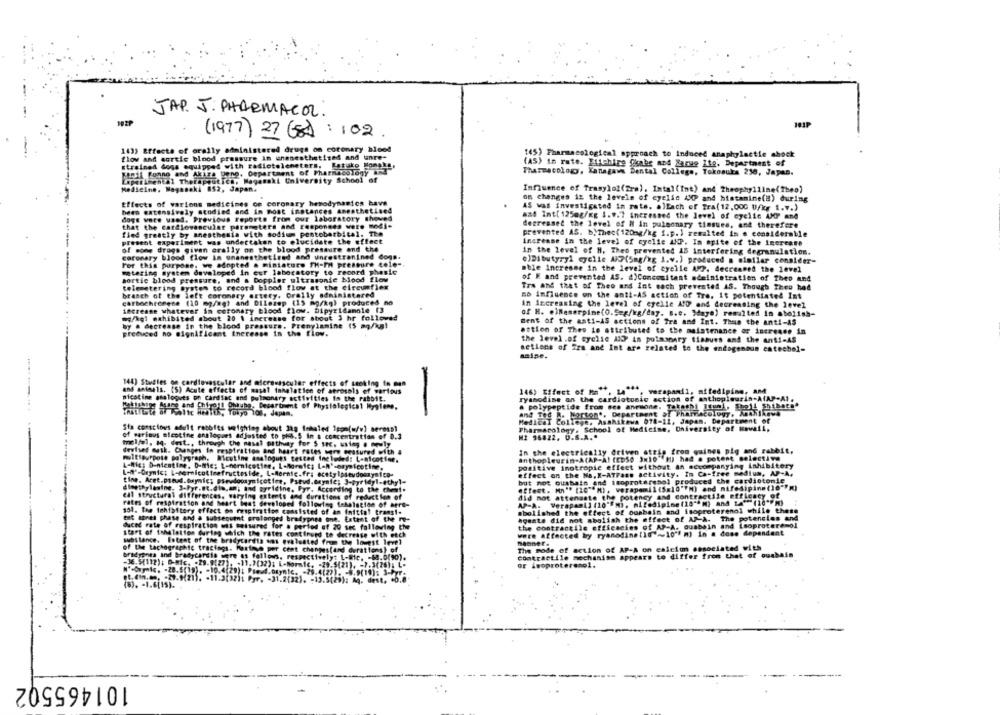
JAP. J. PHARMACOL .
(1977) 27 (8) : 102
143) Effects of orally administered drugs on coronary blood
flow and aortic blood pressure in unsnesthetized and tanre-
145) Pharmacological approach to induced anaphylactic shock
Etrained dogs equipped with radiotelemeters, Estako Hongla,
(AS) in rate. Elfchire Skabe azs Rarue Ite, Department of
Fioil Fonno and Akira gong, Department of Pharmacology an
Pharmacology, Kanagawa Dental College, Tokonula 238, Japan.
Lapar ental TherapeutIca, Magasaki University School of
Medicine, Magasaki 852, Japan.
Influence of Trasylol(fra). Intal(Int) and Theophylline(Theo)
on changes in the levels of cyelic AMP and histamine(a) during
Effects of varions medicines ce coronary hemodynamics have
AS was investigated in rats. allach of Tra( 12,000 0/kg 1.7.)
been extensively stodied and in most instances anesthetined
dogs were used. Previous Reports from our laboratory showed
and Int[ 125mg/Kg 1.9.7 increased the level of cyclic AMP and
that the cardiovascular parameters and responses were modi-
decreased the level of W in pulmonary tissues, and therefore
fied greatly by anesthesia with sodium pentobarbital. The
prevented AS. b.Thec( 120mg/kg f.p.) remalted in a considerable
present experiment was undertaken to elucidate the effect
Increase in the level of cyelle ANP. In spite of the inerente
--
of some drags given orally on the blood pressure and the
in the level of H. Theo prevented 15 Interfering degranulation.
coronary blood flow in onanesthetired and unrestranined dogs.
For this purpose. we adopted . miniature FH-P pressure tele-
e)Dibutyryl eyelie AKP(5mg/kg i.v.) produced @ olollar consider-
metering system developed in eur laboratory to record phesie
mble increase in the level of cyelle AMP, decreamed the level
sortie blood pressure, and a Doppler ultrasonic blood flow
of K and prevented AS. A)Concomitant adeinietration of Theo and
telemetering system to record blood flow at the circumflex
Tra and that of Theo and Int each prevented AS. Though Theu had
branch of the left coronary artery. Orally administered
no influence on the anti-AS action of Tre. it potentiated Int
carbochromese (10 mg/mg) and Dilezep (15 mg/kg) produced no
in increasing the level of erelle ADP and decreasing the level
increase whatever in coronary blood flow. Dipyridamole 13
of H. elNewerpime(O. Seg/kg/day. B.c. Mayo) resulted In abolish-
mg/kgl exhibited about 20 1 increase for about 3 hr followed
ment of the anti-AS actions of fra and Int. Thus the anti-AS
by . decrease in the blood pressure. Prenylamine (5 mg/kg)
produced no significant inerense in the flow.
estion of Thee ie attributed to the maintenance or increase in
the level .of cyclic AID in polaspary tissues and the ant !- AS
netions of fra and Int are related to the endogenous catechol-
maine.
144) Studies on cardiovascular and microvascular effects of smoking fo man
and animals. (5) Acute effects of masal Inhalation of aerosols of various
146) Effect of hall. La , verapamil, mifedipine, AM
nicotine analogues on cardiac and pulmonary activities in the rabbit.
ryanodise on the cardiotonic action of anthopleurin-A(AP-At.
Ohtube, Decartinmt of Physiological Myylene.
a polypeptide from see anemone. Takeshi [tumi, Shoji Shibata"
and Ted W. Norton', Department of Pharmacology. Amahlkawa
Medical College, Asahikowa 078-12, Japan. Department of
Sia conscious adelt rabbits weighing about 320 Inhaled leon(w/v) serossi
Pharmacology. School of Medicine, University of mowali,
of warious nicotine analogues adjusted to ph.5 in a concentration of 0.3
MI 96822. 0.S.A .*
melfel, 34- dest ., through the nasal pathy for 5 sec. using . newly
In the electrically driven atris from quines pig and rabbit,
rabbit,
devises musk. Changes to respiration and heart rates were measured with a
multipurpose polygraph. Miouting analogues tested included: L-nicotine,
anthopleurin-ACAP-Al (ED50 3x10 "H) had @ potent selective
positive inotropic effect without an accompanying inhibitory
hibitery
L-Mig; D-nicotine, D-Mie; L-nernicotine, LeMorele; L-R'sorynicotine,
effect on the Ma, X-ATPase activity. In Ca-free medium, AP-A.
but not oushain and isoproteresol produced the cardiotonie
otomie
dimethylamine. 3.Pyr.et.din.an; and gyridine. Fyr. According to the chef.
did not attensste the potency and contractile efficacy of
eal structural differences. warying extents and durations of reduction of
AP-A. Verapamil (10"Fm), nifedipine (10""") and LA"(10""m)
rates of respiration and heart beat developed following tehalation of here-
101. the inhibitory effect on respiration consisted of an faittal trans !.
abolished the effect of ousbain and isoproterenol while these
til atnel phase and a subsequent srolanged bradlyphes one. Extent of the me-
agents did not abolish the effect of AP-A. The potencies and
duced rate of respiration wil Leisured for a period of 20 sec following the
the contractile efficacies of AP-A. ouabsin and isoproteremol
start of tohalation during which the rates continued to decrease with each
were affected by ryanodine tid""10"f m) in a done dependent
wbilance. Extent of the bradycardia os evaluated from the lowest level
manner.
of the tachegraphic tractags. Martave per cent changes(and durations) of
The mode of action of AP-A on calcion associated with
bradyenta ind Bradycardia mere as follows, respectively: L-Bi
-68.0(90).
Contractile mechanism appears to differ from that of ousbais
-36.5(112); D-Mic. - 29.9(27). +11.7(32); L-Normie, - 29.5(21). = )
or isoproterenol.
W"couple. - 28.5(19). - 10.4(29);
101465502